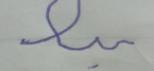
Signature authenticity: forged